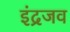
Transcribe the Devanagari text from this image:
इंद्रजव